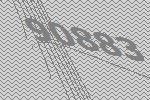
90883